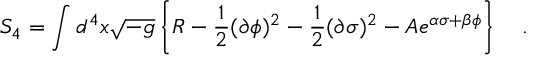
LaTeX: S _ { 4 } = \int d ^ { 4 } x \sqrt { - g } \left\{ R - \frac { 1 } { 2 } ( \partial \phi ) ^ { 2 } - \frac { 1 } { 2 } ( \partial \sigma ) ^ { 2 } - A e ^ { \alpha \sigma + \beta \phi } \right\} \quad .